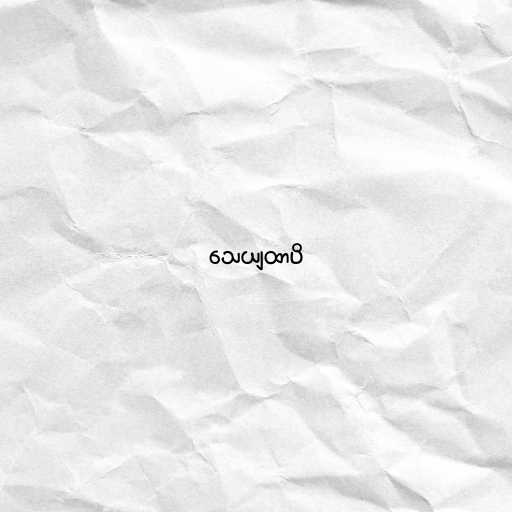
သေယျထာပိ